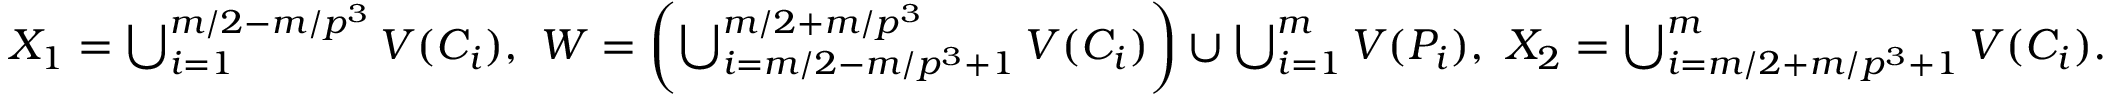
\begin{array} { r l } & { X _ { 1 } = \bigcup _ { i = 1 } ^ { m / 2 - m / p ^ { 3 } } V ( C _ { i } ) , \ W = \left( \bigcup _ { i = m / 2 - m / p ^ { 3 } + 1 } ^ { m / 2 + m / p ^ { 3 } } V ( C _ { i } ) \right) \cup \bigcup _ { i = 1 } ^ { m } V ( P _ { i } ) , \ X _ { 2 } = \bigcup _ { i = m / 2 + m / p ^ { 3 } + 1 } ^ { m } V ( C _ { i } ) . } \end{array}